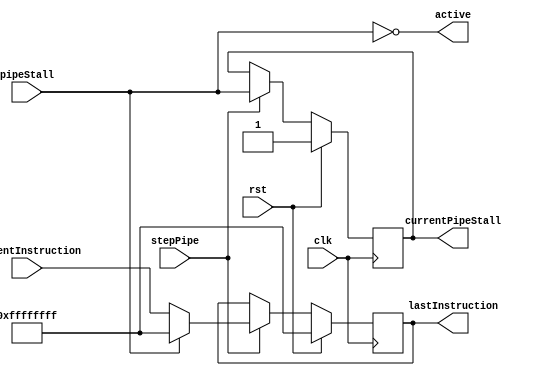
`default_nettype none

module PipeStage (
		input wire clk,
		input wire rst,

		// Pipe control
		input wire stepPipe,
		input wire pipeStall,
		output reg currentPipeStall,
		output wire active,
		input wire[31:0] currentInstruction,
		output reg[31:0] lastInstruction
	);

	always @(posedge clk) begin
		if (rst) begin
			currentPipeStall <= 1'b1;
			lastInstruction <= ~32'b0;
		end else begin
			if (stepPipe) begin
				currentPipeStall <= pipeStall;
				if (!pipeStall) lastInstruction <= currentInstruction;
				else lastInstruction <= ~32'b0;
			end
		end
	end

	assign active = !pipeStall;

endmodule